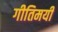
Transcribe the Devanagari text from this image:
गीतिमयी